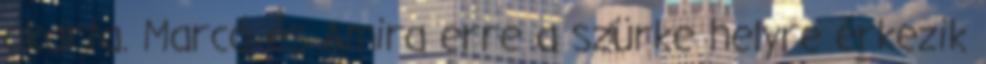
akarta. Marcó és Amira erre a szürke helyre érkezik